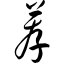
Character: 荐